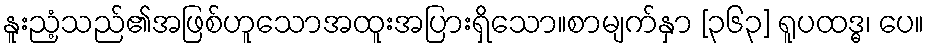
နူးညံ့သည်၏အဖြစ်ဟူသောအထူးအပြားရှိသော။စာမျက်နှာ [၃၆၃] ရူပထဒ္ဓ၊ ပေ။